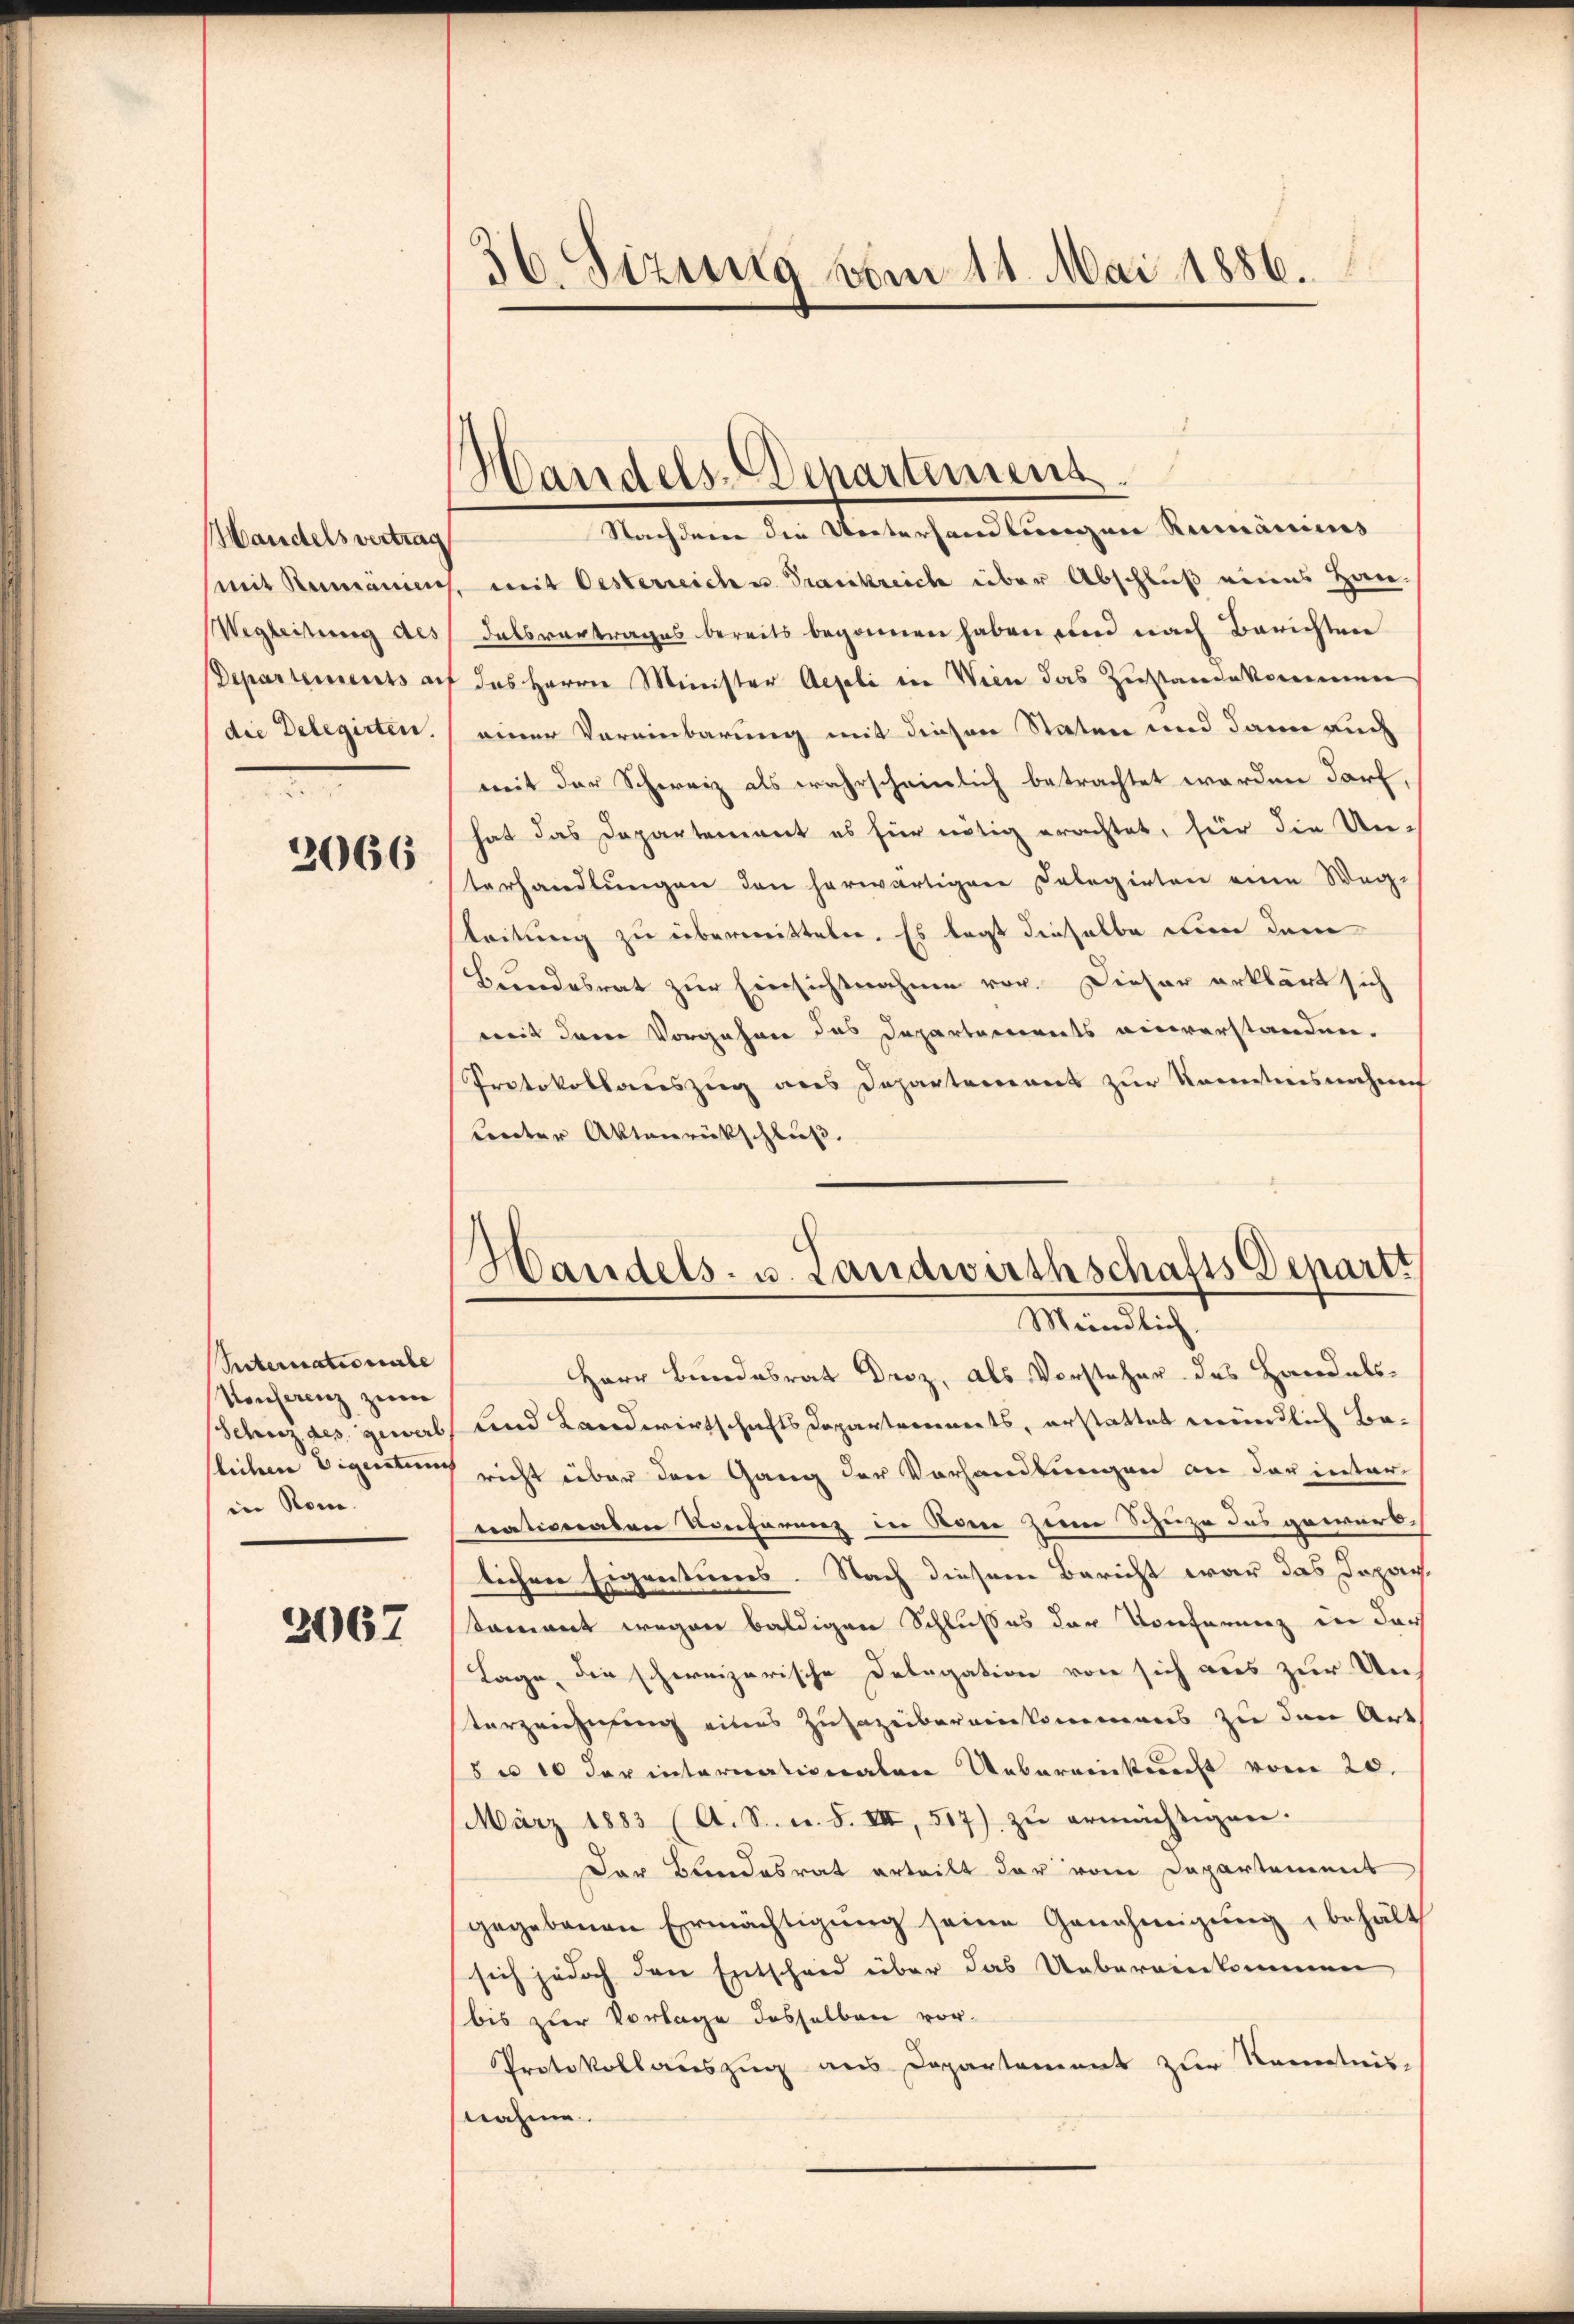
Handels vertrag
Wegleitung des
die Delegirten.

2066

Seternationale
Konferenz zum
in Rom.

2067

36 Sizung vom 11. Mai 1886.

Handels-Departement.

Handels- u. Landwirthschafts Departi
Mündlich.

Nachdene die Unterhandlungen Rumäniens
(mit Rumänien, mit Oesterreich u. Trankreich über Abschluß eines Han-
dalsvertrages bereits begonnen haben und nach Berichten
Departements auf das Herrn Minister Aegeli in Wien das Zustandekommen
einer Vereinbarung mit diesen Staten und dann auch
mit der Schweiz als wahrscheinlich betrachtet werden darf,
hat das Departement es für nötig erachtet, für die Un-
terhandlungen den herwärtigen Delegirten eine Weg-
stleitung zu übermitteln. Es legt dieselbe nun dem
Bundesrat zur Einsichtnahme vor. Dieser erklärt sich
mit dem Vorgehen das Departements einverstanden.
Protokollauszug aus Departement zur Kenntnisnahme
Lnter Aktenrückschluß.
Herr Bundesrat Droz, als Vorsteher das Handels-
Schnz des gewalt und Landwirtschafts Departements, erstattet mündlich Beslichen Eigentung richt über den Gang der Vorhandlungen an der internationalen Konferenz in Rome zum Steize des gewerblichen Eigentums. Nach diesem Bericht war das Japan
koment wegen baldigen Schlusses der Konferenz in der
Lage, die schweizerische Delegation von sich aus zur Un-
terzeichnung eines Zusazeibereinkommens zu den Art
8 n 10 der internationalen Uebereinkunft vom 20.
März 1883 (A. S. n. F. VII, 517) zŭ ermächtigen.
Der Bundesrat erteilt der vom Departement
gegebenen Ermächtigŭng seine Genehmigung, behält
sich jedoch den Entscheid über das Uebereinkommen
bis zur Vorlage desselben vor-
Protokollauszug aus Departement zur Kenntnis-
nahme.